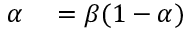
\begin{array} { r l } { \alpha } & { { } = \beta ( 1 - \alpha ) } \end{array}